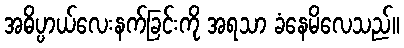
အဓိပ္ပာယ်လေးနက်ခြင်းကို အရသာ ခံနေမိလေသည်။